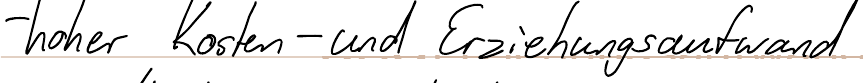
- hoher Kosten- und Erziehungsaufwand